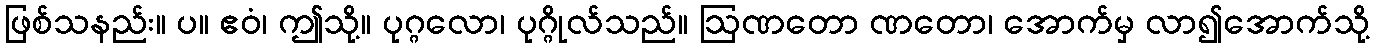
ဖြစ်သနည်း။ ပ။ ဧဝံ၊ ဤသို့။ ပုဂ္ဂလော၊ ပုဂ္ဂိုလ်သည်။ ဩဏတော ဏတော၊ အောက်မှ လာ၍အောက်သို့